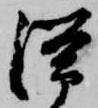
滞